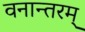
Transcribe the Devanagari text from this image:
वनान्तरम्